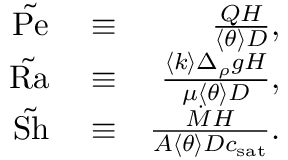
\begin{array} { r l r } { \tilde { \mathrm { P e } } } & { { } \equiv } & { \frac { Q H } { \left< \theta \right> D } , } \\ { \tilde { \mathrm { R a } } } & { { } \equiv } & { \frac { \left< k \right> \Delta _ { \rho } g H } { \mu \left< \theta \right> D } , } \\ { \tilde { \mathrm { S h } } } & { { } \equiv } & { \frac { \dot { M } H } { A \left< \theta \right> D c _ { \mathrm { s a t } } } . } \end{array}